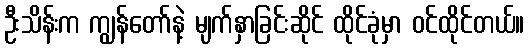
ဦးသိန်းက ကျွန်တော်နဲ့ မျက်နှာခြင်းဆိုင် ထိုင်ခုံမှာ ဝင်ထိုင်တယ်။